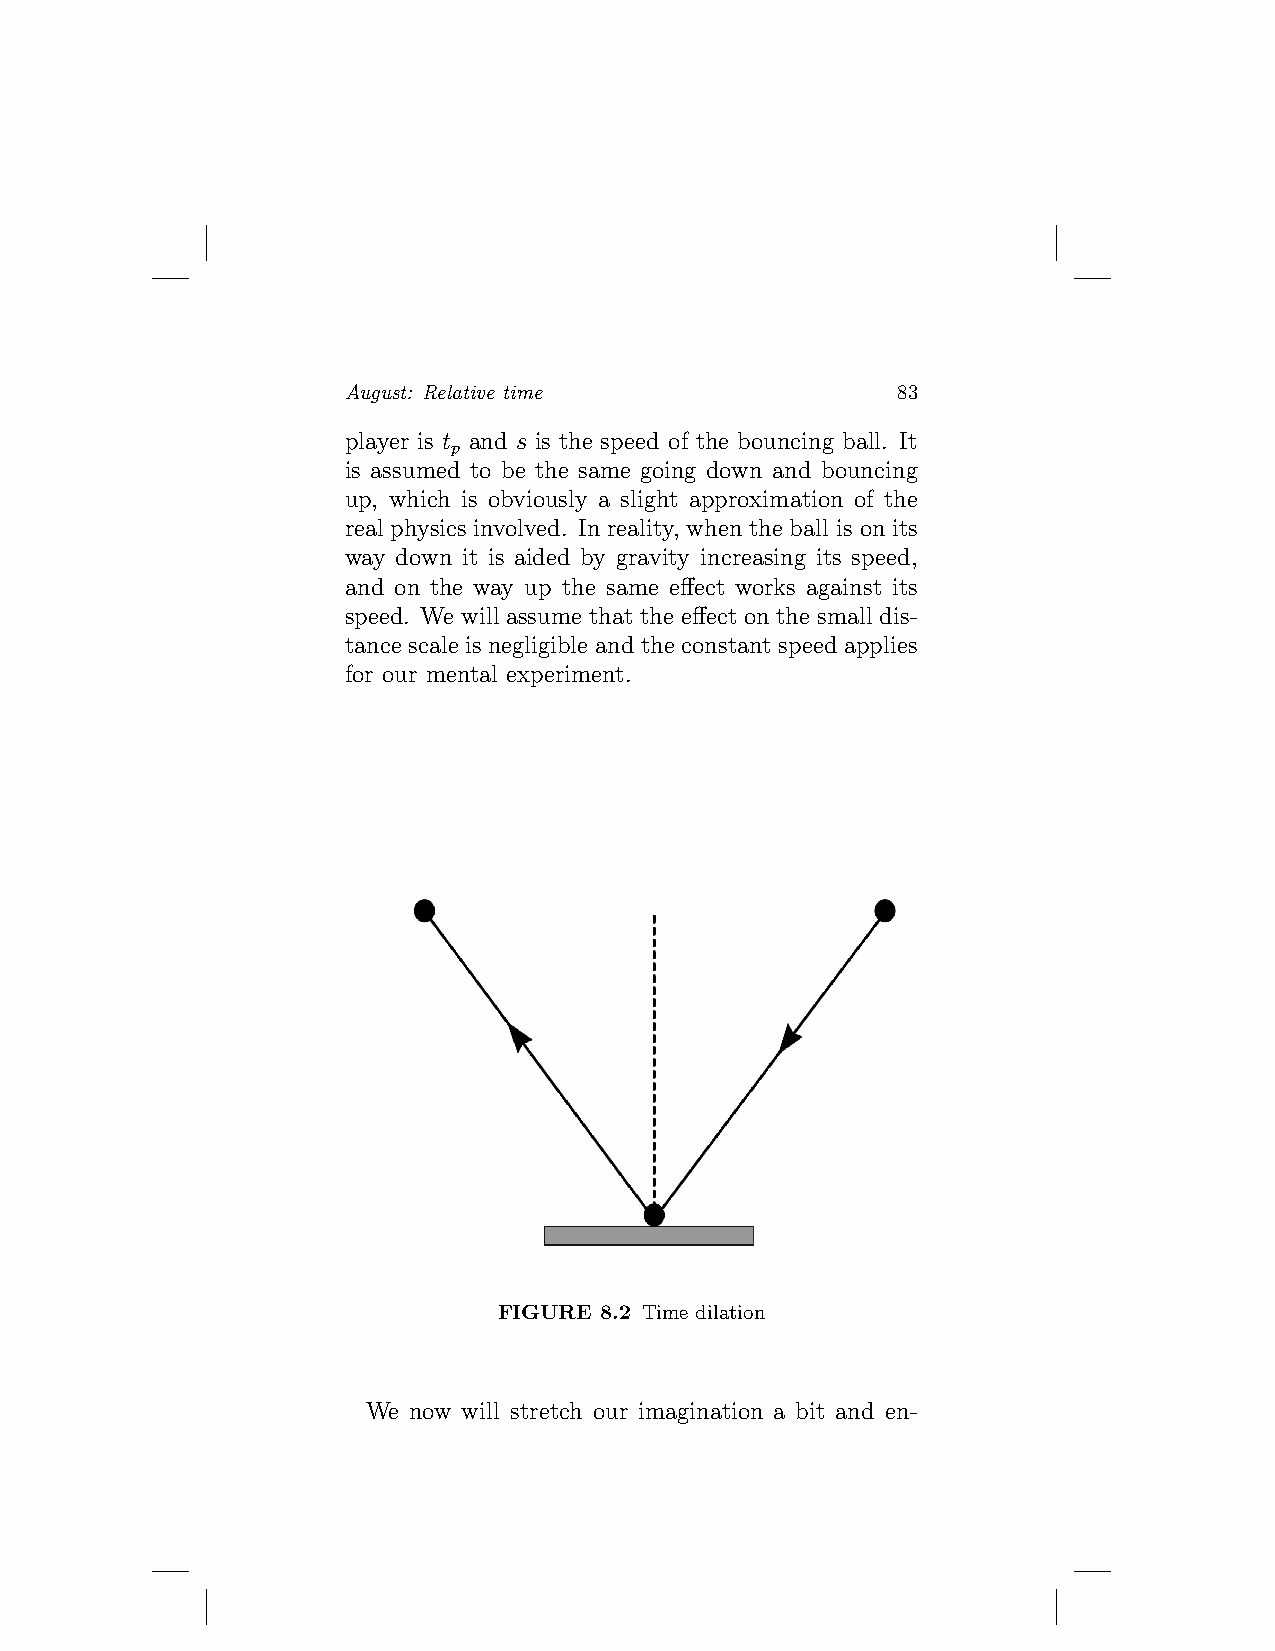
August: Relative time               83
 player is t and s is the speed of the bouncing ball. It
 p
 is assumed to be the same going down and bouncing
 up, which is obviously a slight approximation of the
 real physics involved. In reality, when the ball is on its
 way down it is aided by gravity increasing its speed,
 and on the way up the same effect works against its
 speed. We will assume that the effect on the small dis-
 tance scale is negligible and the constant speed applies
 for our mental experiment.
 FIGURE 8.2 Time dilation
 We now will stretch our imagination a bit and en-